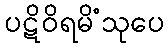
ပဋိဝိရမိံသုပေ